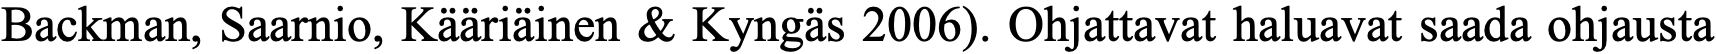
Backman, Saarnio, Kääriäinen & Kyngäs 2006). Ohjattavat haluavat saada ohjausta